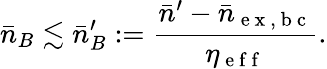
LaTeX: \bar{n}_{B}\lesssim\bar{n}_{B}^{\prime}:=\frac{\bar{n}^{\prime}-\bar{n}_{\mathrm{~e~x~,~b~c~}}}{\eta_{\mathrm{~e~f~f~}}}.